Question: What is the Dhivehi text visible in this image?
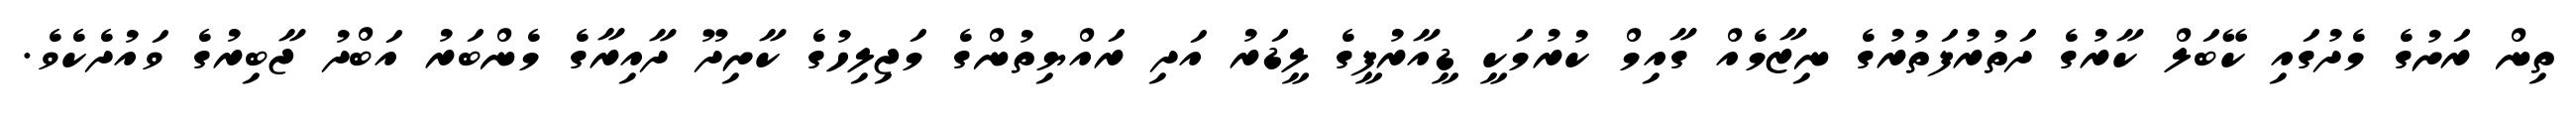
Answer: ތިން ރަށުގެ މެދުގައި ކޭބަލް ކާރުގެ ދަތުރުފަތުރުގެ ނިޒާމެއް ގާއިމް ކުރުމަކީ ޑީއާރުޕީގެ ލީޑަރު އަދި ރައްޔިތުންގެ މަޖިލިހުގެ ކާށިދޫ ދާއިރާގެ މެންބަރު އަބްދު ޖާބިރުގެ ވައުދެކެވެ.